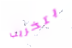
بتخريب